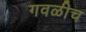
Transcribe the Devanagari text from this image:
गवळीच